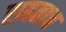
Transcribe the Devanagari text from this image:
राहताच